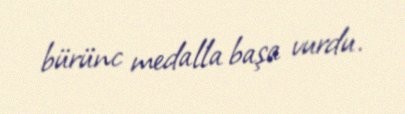
bürünc medalla başa vurdu.